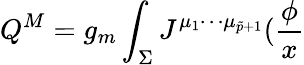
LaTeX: Q^{M}=g_{m}\int_{\Sigma}J^{\mu_{1}\cdots\mu_{\tilde{p}+1}}(\frac\phi x